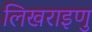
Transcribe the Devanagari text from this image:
लिखराइणु